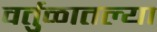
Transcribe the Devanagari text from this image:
वर्तुळातल्या